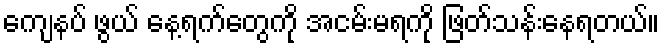
ကျေနပ် ဖွယ် နေ့ရက်တွေကို အငမ်းမရကို ဖြတ်သန်းနေရတယ်။